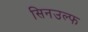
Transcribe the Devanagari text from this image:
सिनउल्फ